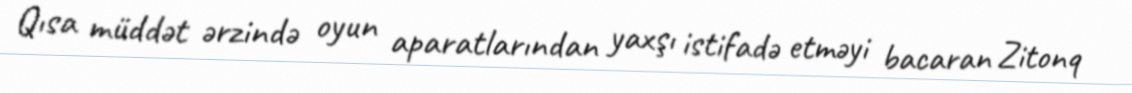
Qısa müddət ərzində oyun aparatlarından yaxşı istifadə etməyi bacaran Zitonq